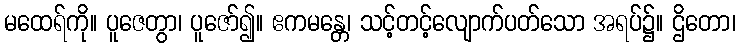
မထေရ်ကို။ ပူဇေတွာ၊ ပူဇော်၍။ ဧကမန္တေ၊ သင့်တင့်လျောက်ပတ်သော အရပ်၌။ ဌိတော၊